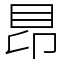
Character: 䀚